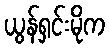
ယွန်ရှင်းမိုက